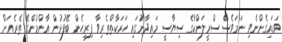
ވަޑައިގެންނެވި ނަމަވެސް ސްރީލަންކާގެ ސިޔާސީ މައިދާނުގައި ހަރަކާތްތެރިވާ ފިރިހެން ބޭފުޅުން އާންމުންގެ ތެރެއަށް